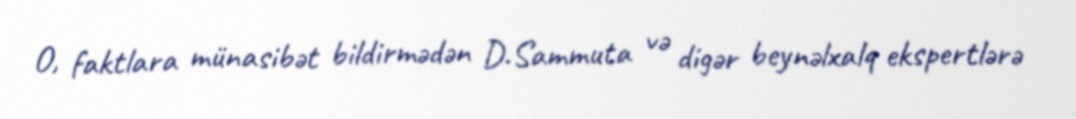
O, faktlara münasibət bildirmədən D.Sammuta və digər beynəlxalq ekspertlərə